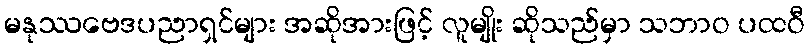
မနုဿဗေဒပညာရှင်များ အဆိုအားဖြင့် လူမျိုး ဆိုသည်မှာ သဘာဝ ပထဝီ